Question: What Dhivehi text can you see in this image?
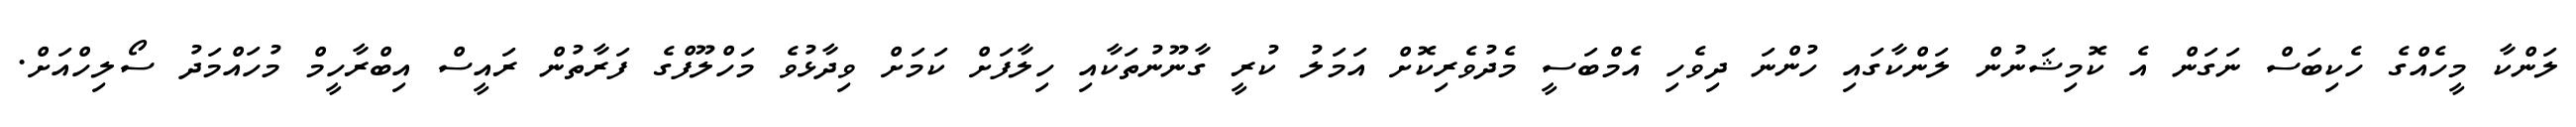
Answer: ލަންކާ މީހެއްގެ ހެކިބަސް ނަގަން އެ ކޮމިޝަނުން ލަންކާގައި ހުންނަ ދިވެހި އެމްބަސީ މެދުވެރިކޮށް އަމަލު ކުރީ ގާނޫނުތަކާއި ހިލާފަށް ކަމަށް ވިދާޅުވެ މަހްލޫފްގެ ފަރާތުން ރައީސް އިބްރާހީމް މުހައްމަދު ސޯލިހްއަށް.